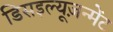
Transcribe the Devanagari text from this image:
डिसइल्यूज़न्मेंट